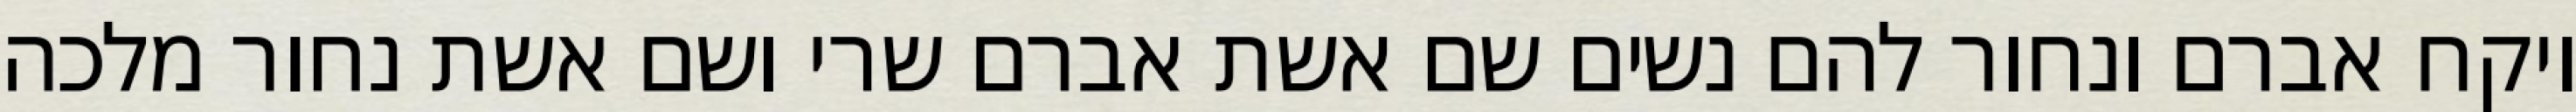
ויקח אברם ונחור להם נשים שם אשת אברם שרי ושם אשת נחור מלכה